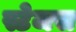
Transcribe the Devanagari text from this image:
स्टेजस